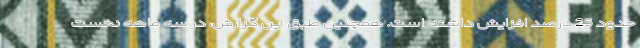
حدود 25 درصد افزایش داشته است. همچنین طبق این گزارش، در سه ماهه نخست